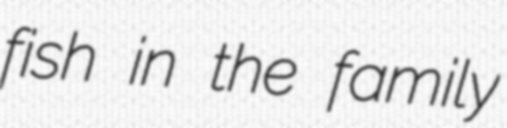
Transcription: fish in the family